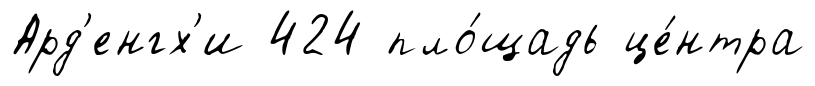
Ард'енгх'и 424 пло́щадь це́нтра